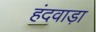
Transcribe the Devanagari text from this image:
हंदवाड़ा